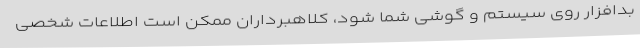
بدافزار روی سیستم و گوشی شما شود، کلاهبرداران ممکن است اطلاعات شخصی